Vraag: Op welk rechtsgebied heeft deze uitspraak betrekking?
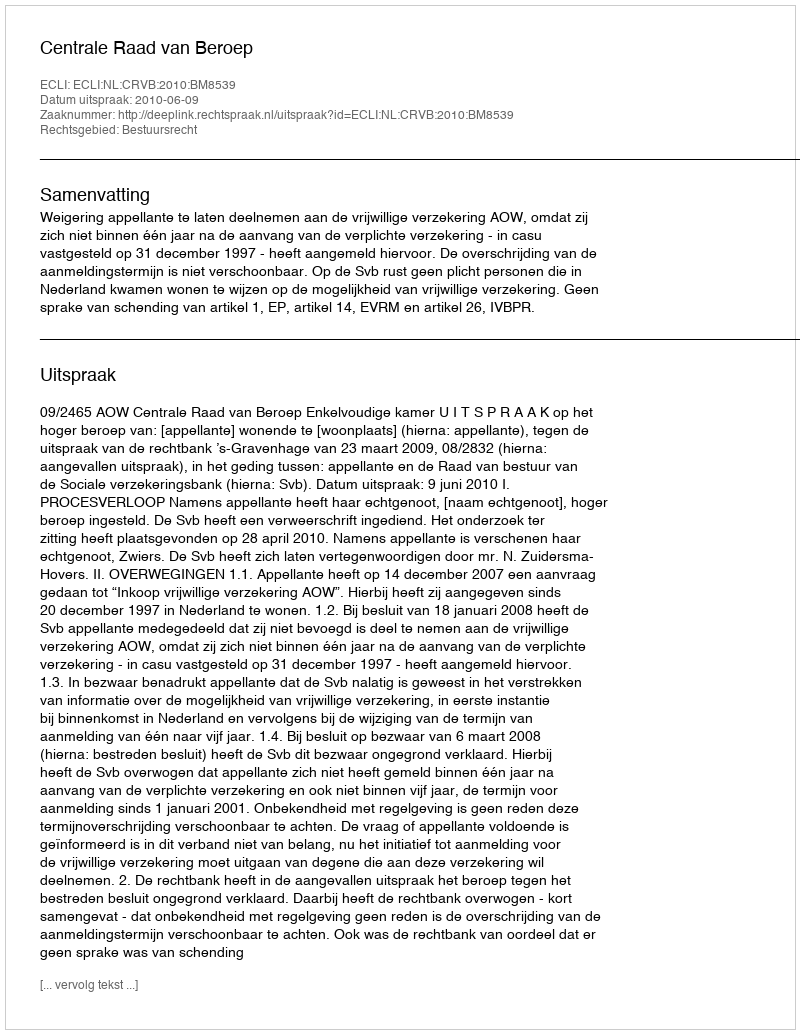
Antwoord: Bestuursrecht